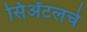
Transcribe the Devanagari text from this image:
सिॲटलचे